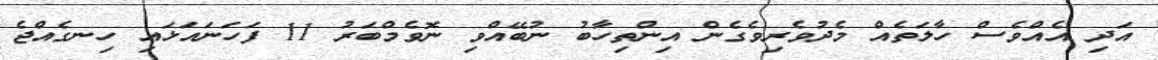
އަދި އެއްވެސް ހާލަތެއް މެދުވެރިވެގެން އިންތިހާބު ނުބޭއްވި ނޮވެމްބަރު 11 ފަހަނައަޅައި ހިނގެއްޖެ